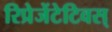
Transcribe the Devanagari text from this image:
रिप्रेजेंटेटिवस्